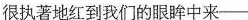
\underline{很执著地红到我们的眼眸中来——}